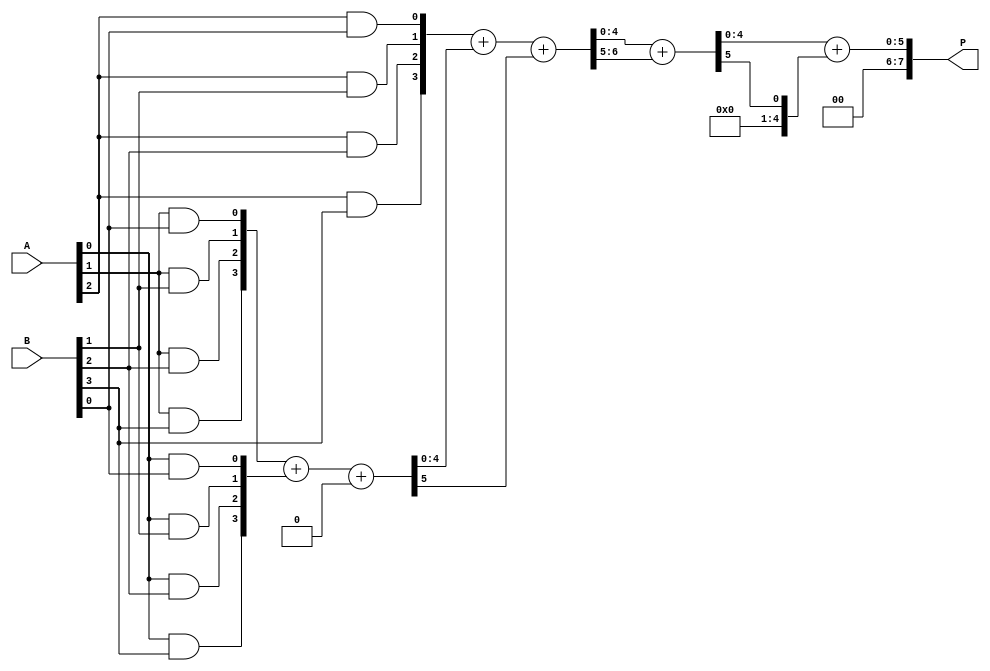
module dadda_multiplier #(parameter N = 4) (
    input  [N-1:0] A, // First operand
    input  [N-1:0] B, // Second operand
    output reg [2*N-1:0] P // Product output
);
    // Generate partial products
    wire [N-1:0] pp [0:N-1]; // Partial products matrix

    genvar i, j;
    generate
        for (i = 0; i < N; i = i + 1) begin : pp_gen
            for (j = 0; j < N; j = j + 1) begin : pp_row
                assign pp[i][j] = A[i] & B[j];
            end
        end
    endgenerate

    // Carry-Save Adder (CSA) for reduction
    wire [N:0] sum [0:N-1]; // Sum outputs of CSA
    wire [N:0] carry [0:N-1]; // Carry outputs of CSA

    // Initial stage (first row of partial products)
    assign sum[0] = {1'b0, pp[0]};
    assign carry[0] = {1'b0, 1'b0};

    // Reduction tree
    genvar k;
    generate
        for (k = 1; k < N; k = k + 1) begin : csa_reduction
            if (k < N-1) begin
                assign {carry[k], sum[k]} = pp[k] + sum[k-1] + carry[k-1];
            end else begin
                assign {carry[k], sum[k]} = sum[k-1] + carry[k-1];
            end
        end
    endgenerate

    // Final addition of the last two rows
    wire [2*N-1:0] final_sum;
    wire [2*N-1:0] final_carry;

    assign final_sum = {1'b0, sum[N-1]} + {1'b0, carry[N-1]};

    // Assign the final product
    always @(*) begin
        P = final_sum;
    end

endmodule